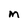
Character: M